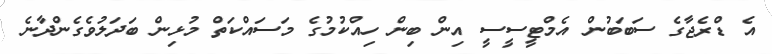
އެ ޑްރެޖާގެ ސަބަބުން އެމްޓީސީސީ އިން ބިން ހިއްކުމުގެ މަސައްކަތް މުޅިން ބަދަލުވެގެންދާނެ